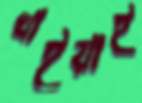
খাইয়াই